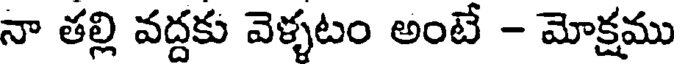
నా తల్లి వద్దకు వెళ్ళటం అంటే - మోక్షము